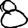
Digit: 8